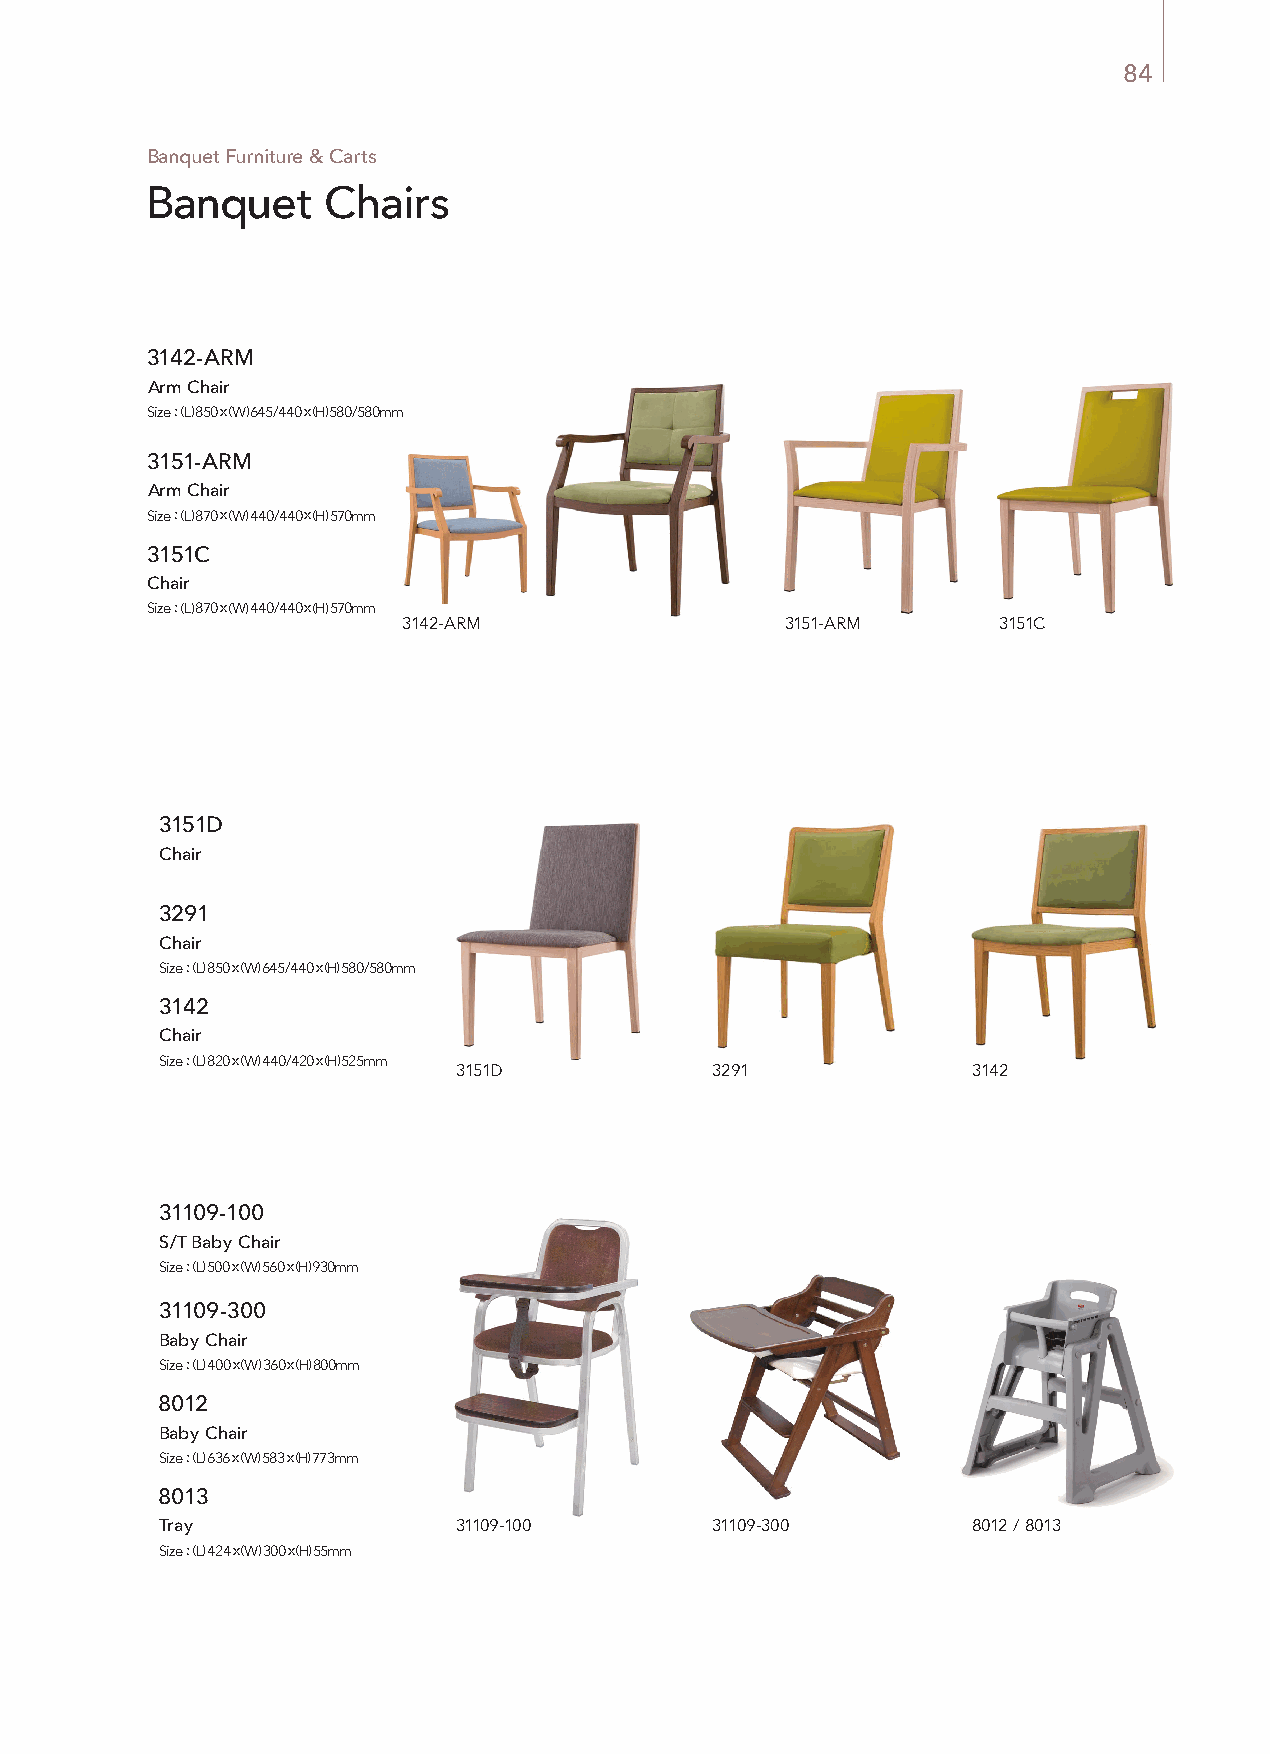
84
 Banquet Furniture & Carts
 Banquet     Chairs
 3142-ARM
 Arm Chair
 Size : (L) 850 x (W) 645/440 x (H) 580/580mm
 3151-ARM
 Arm Chair
 Size : (L) 870 x (W) 440/440 x (H) 570mm
 3151C
 Chair
 Size : (L) 870 x (W) 440/440 x (H) 570mm
 3142-ARM                 3151-ARM      3151C
 3151D
 Chair
 Size : (L) 450 x (W) 500 x (H) 460~930mm
 3291
 Chair
 Size : (L) 850 x (W) 645/440 x (H) 580/580mm
 3142
 Chair
 Size : (L) 820 x (W) 440/420 x (H) 525mm
 3151D            3291             3142
 31109-100
 S/T Baby Chair
 Size : (L) 500 x (W) 560 x (H) 930mm
 31109-300
 Baby Chair
 Size : (L) 400 x (W) 360 x (H) 800mm
 8012
 Baby Chair
 Size : (L) 636 x (W) 583 x (H) 773mm
 8013
 Tray               31109-100        31109-300        8012 / 8013
 Size : (L) 424 x (W) 300 x (H) 55mm